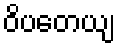
ဝိပတေယျ